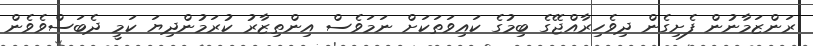
ރަންޒަމާނުން ފެށިގެން ދިވެހިރާއްޖޭގެ ބިމުގެ ކައިވަތަކަށް ނަމަވެސް އިންތިޒާރު ކުރަމުންދިޔަ ކަމީ ދެބަސްވެވެން